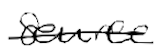
Text: source
Cross-out: single-line
Writing tool: digital_black